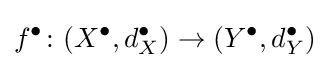
f^{\bullet }\colon (X^{\bullet },d_{X}^{\bullet })\to (Y^{\bullet },d_{Y}^{\bullet })